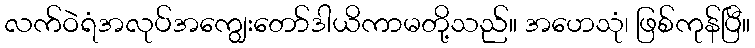
လက်ဝဲရံအလုပ်အကျွေးတော်ဒါယိကာမတို့သည်။ အဟေသုံ၊ ဖြစ်ကုန်ပြီ။